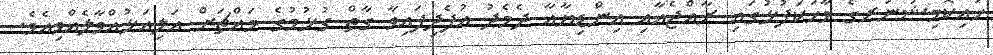
ހައިކޮމިޝަނަރގެ ވާހަކަފުޅުގައި ރާއްޖެއާއި އިންޑިޔާއާ ދެމެދު އުފެދިފައިވާ ގާތް ގުޅުމުގެ މައްޗަށް އަލިއަޅުއްވާލެއްވިއެވެ.